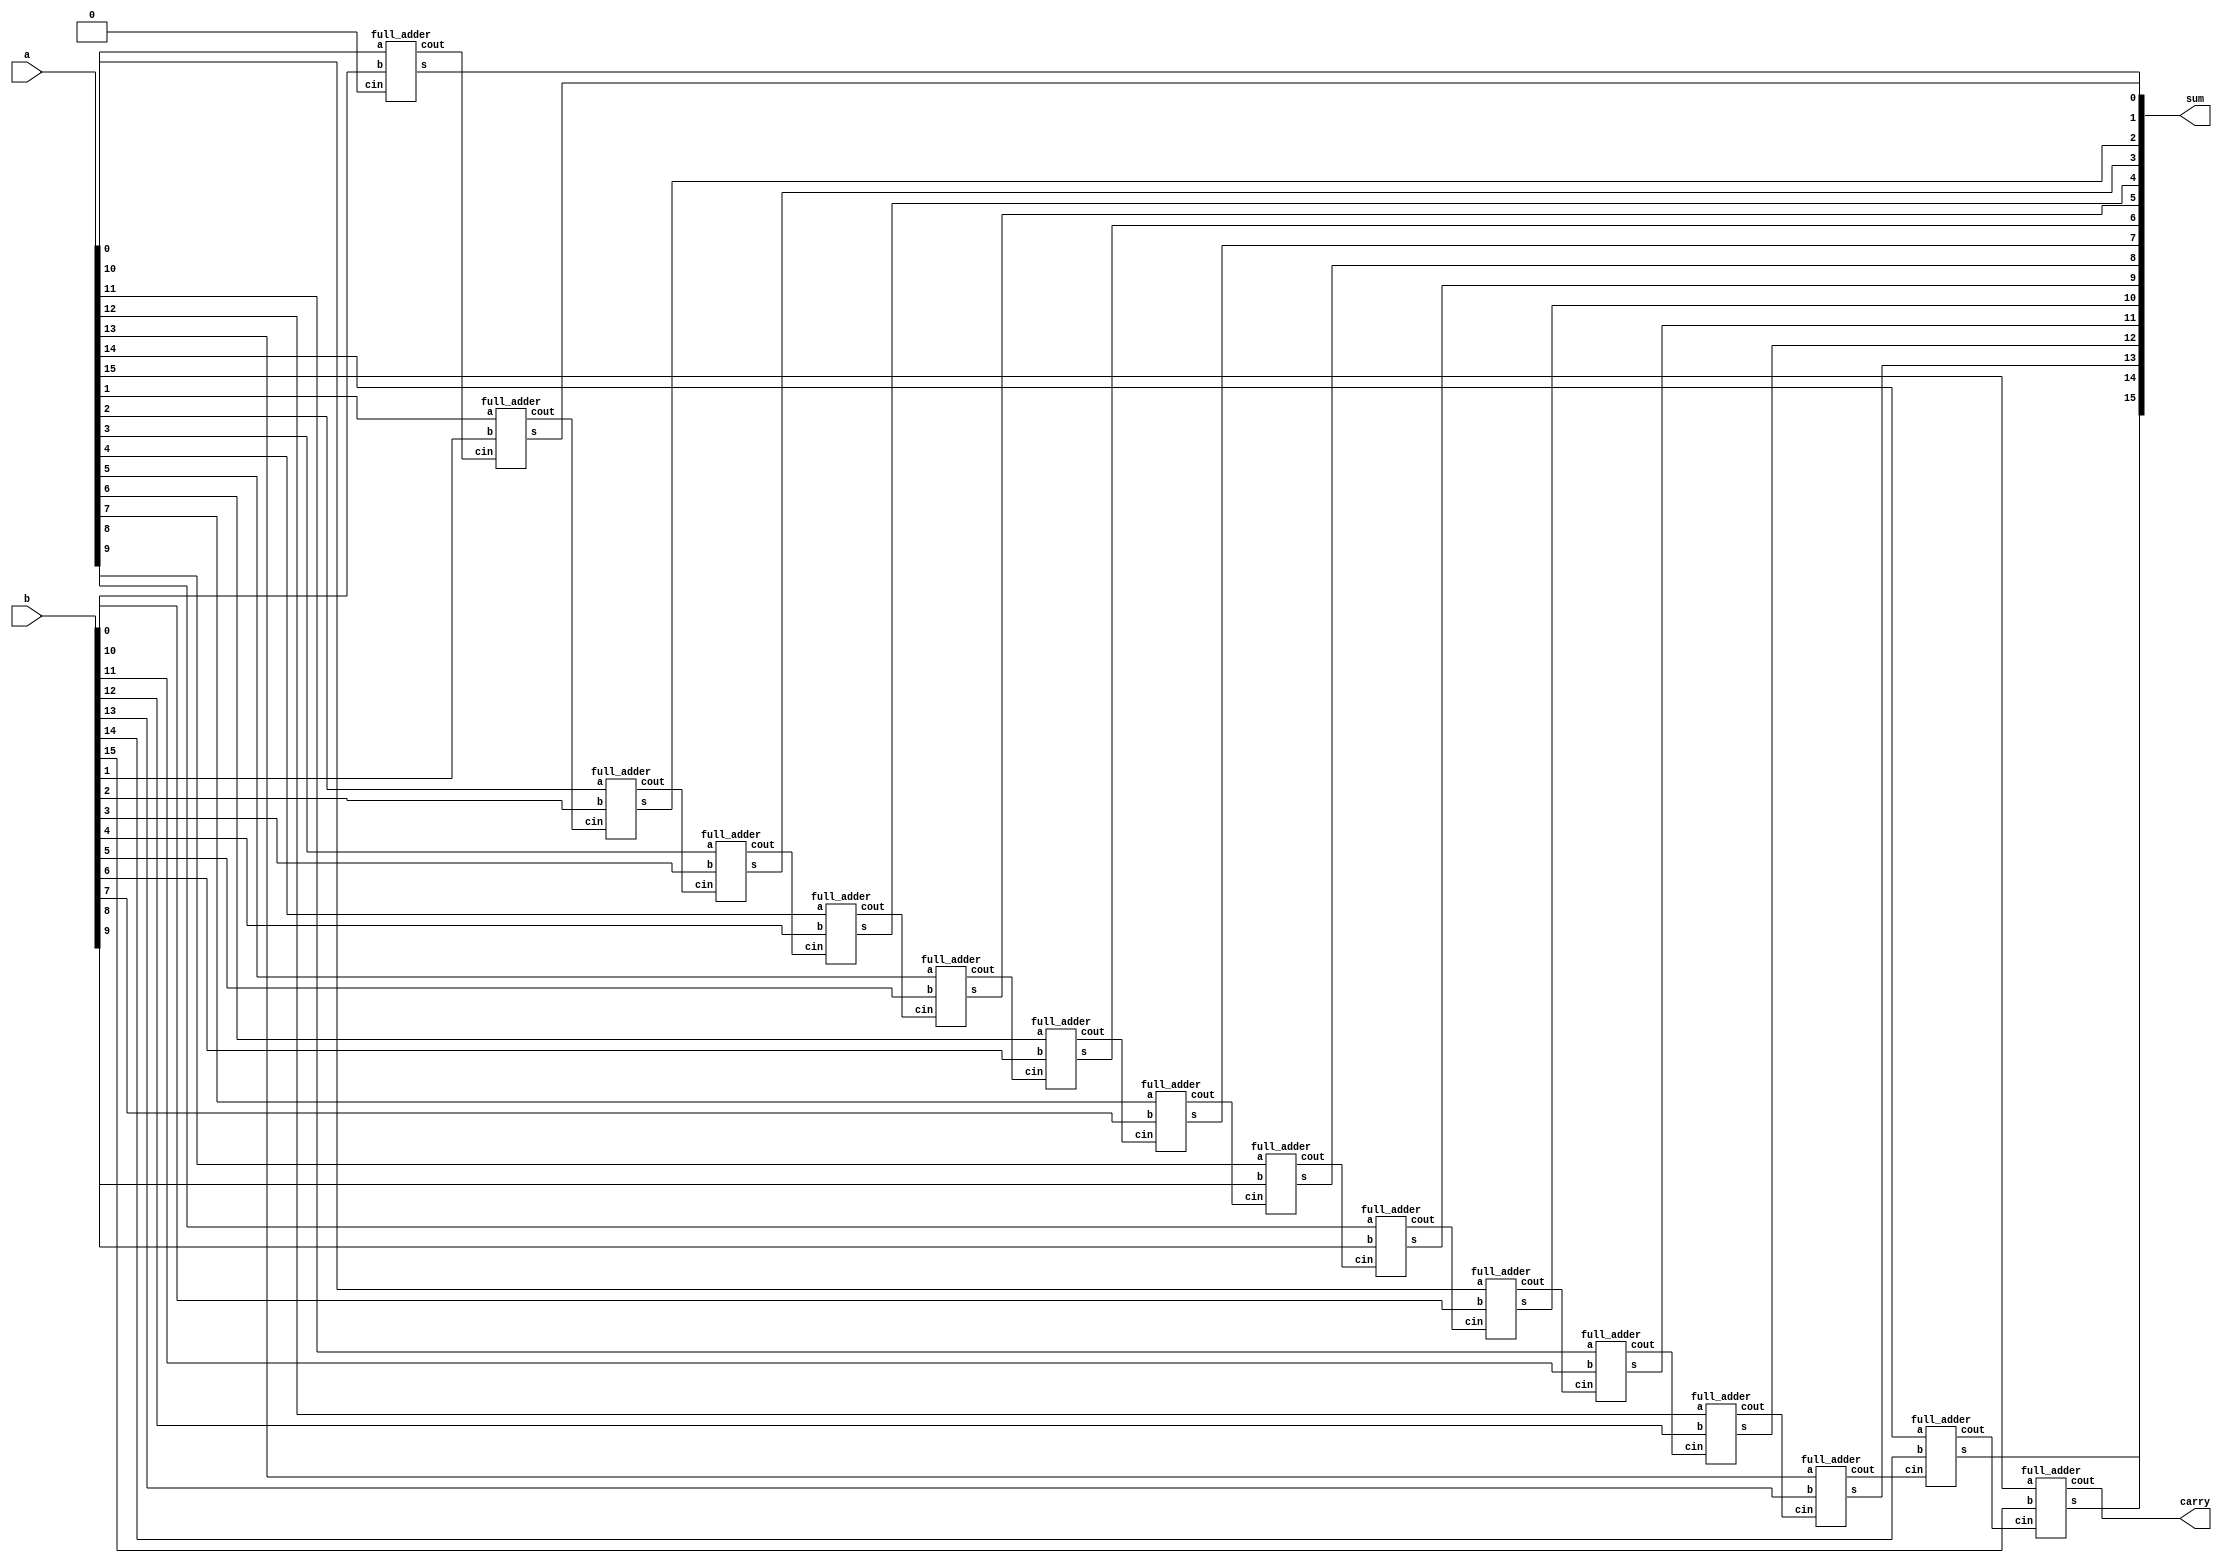
/* ACM Class System (I) Fall Assignment 1
 *
 *
 * Implement your naive adder here
 * 
 * GUIDE:
 *   1. Create a RTL project in Vivado
 *   2. Put this file into `Sources'
 *   3. Put `test_adder.v' into `Simulation Sources'
 *   4. Run Behavioral Simulation
 *   5. Make sure to run at least 100 steps during the simulation (usually 100ns)
 *   6. You can see the results in `Tcl console'
 *
 */

module adder(
        input       [15:0]          a,
        input       [15:0]          b,
        output      [15:0]          sum,
        output                      carry
    );
    wire [15:0] c;
    assign carry = c[15];
    full_adder fadd[15:0](
                   .a(a),
                   .b(b),
                   .cin({c[14:0], 1'b0}),
                   .s(sum),
                   .cout(c)
               );

endmodule //adder

module full_adder(
        input a, b, cin,
        output s, cout
    );
    assign s = a ^ b ^ cin;
    assign cout = (a & b) | (a & cin) | (b & cin);

endmodule //full_adder